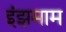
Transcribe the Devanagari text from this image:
इंझमाम